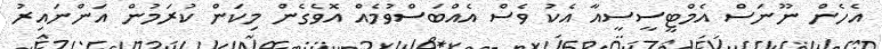
އެހެން ނޫނަސް އެމްޓީސީސީއާ އެކު ވެސް އެއްބަސްވުމެއް އޮވެގެން މިކަން ކުރަމުން އަންނައިރު